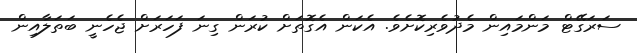
ސަރަގޭޓް މަންމައިން މެދުވެރިކޮށެވެ. އެކަން އެގޮތަށް ކުރަން ގިނަ ފަހަރަށް ޖެހެނީ ބަތަލާއިން